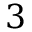
3